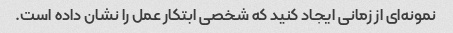
نمونه‌ای از زمانی ایجاد کنید که شخصی ابتکار عمل را نشان داده است.